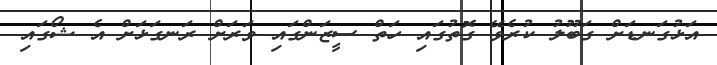
އަޅުގަނޑަށް ގަބޫލު ކުރެވޭ ގޮތުގައި ހަތް ސީޒަންގައި ވަރަށް ރަނގަޅަށް އެ ޝޯގައި